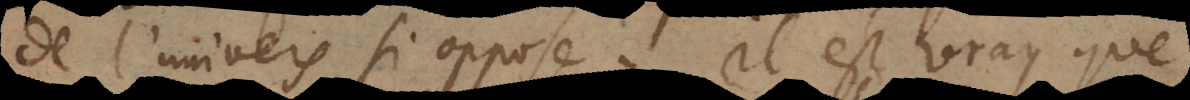
de l’univers [s’y] oppose; il est vray que